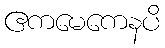
ဧကမေကေနပိ